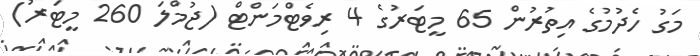
މަގު ހެދުމުގެ އިތުރުން 65 މީޓަރުގެ 4 ރިވެޓްމަންޓް (ޖުމްލަ 260 މީޓަރު)